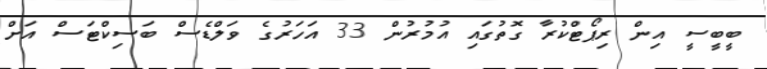
ބީބީސީ އިން ރިޕޯޓްކުރާ ގޮތުގައި އުމުރުން 33 އަހަރުގެ ވަލްޑެސް ބަސިކްޓަސް އަށް